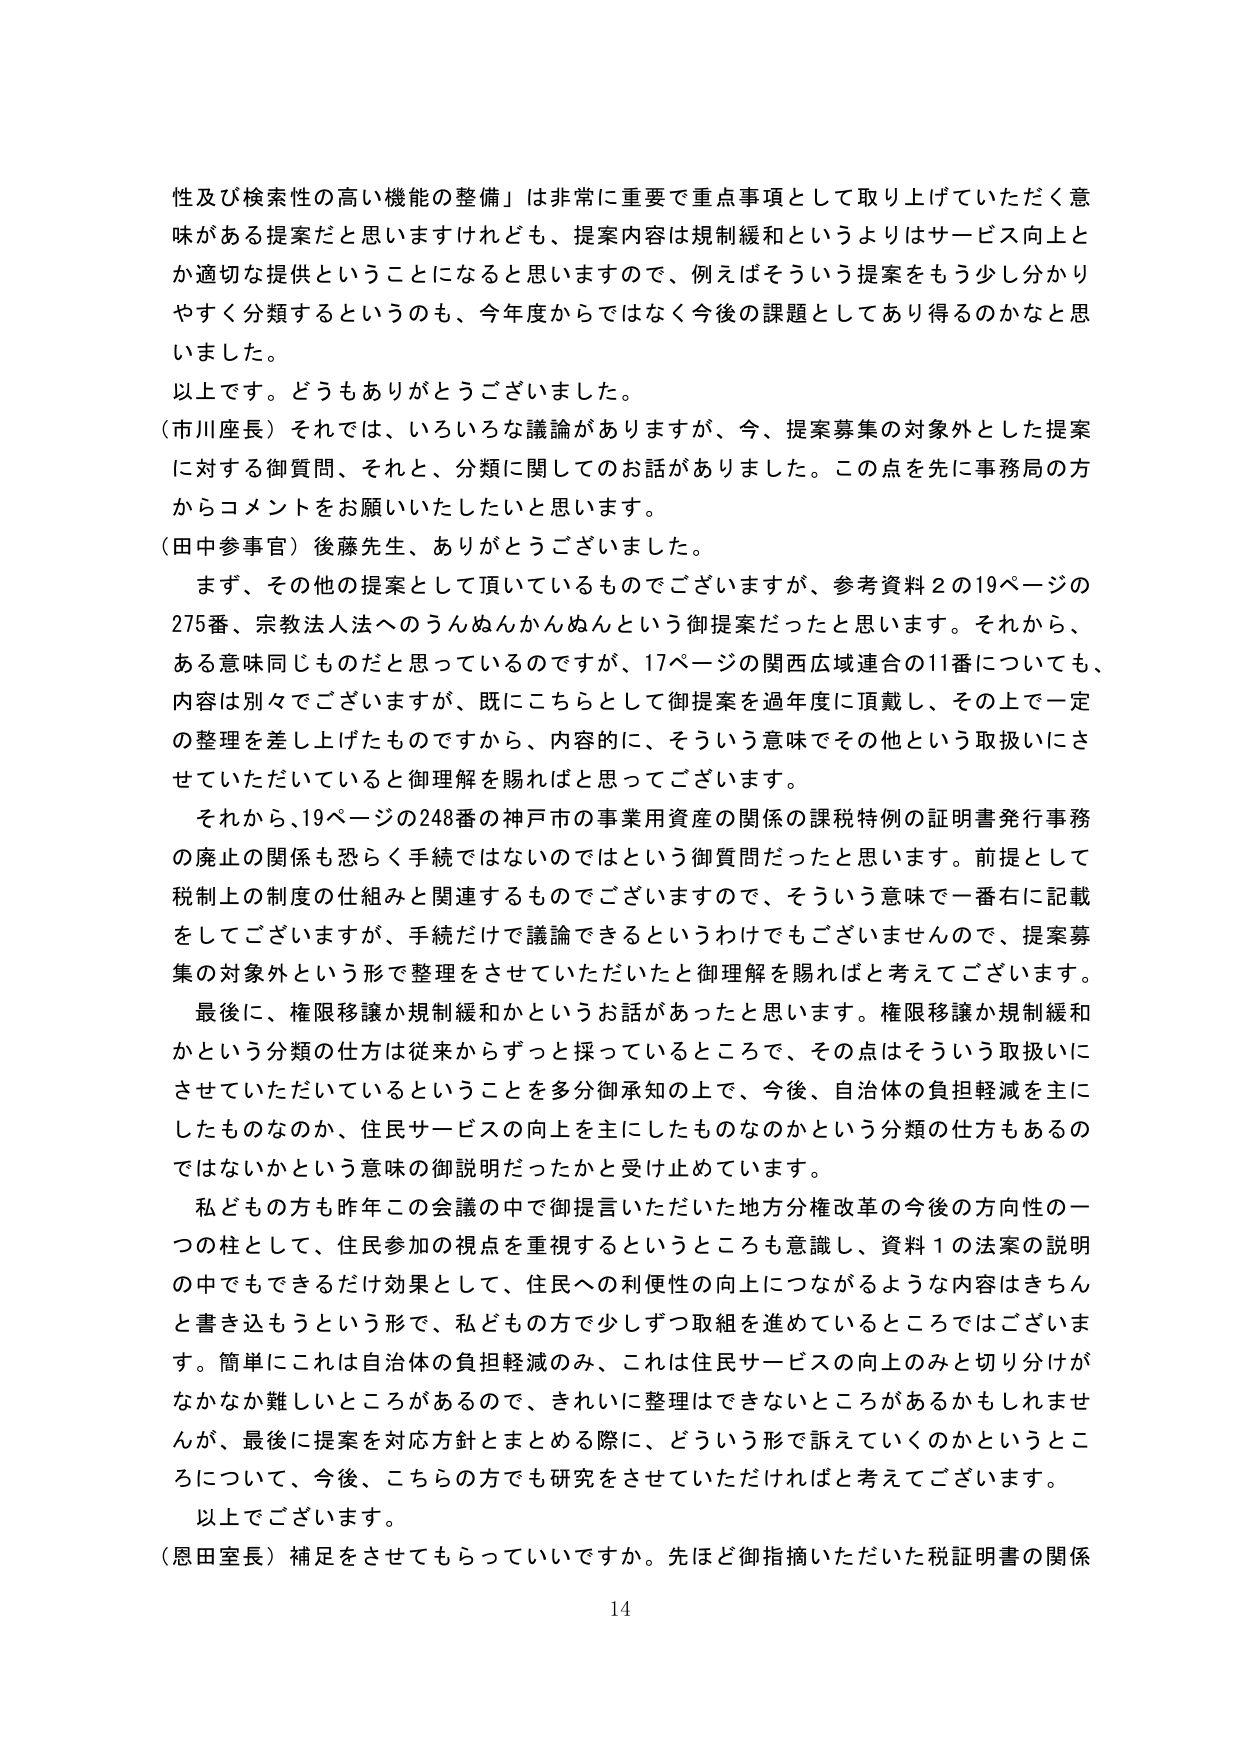
性及び検索性の高い機能の整備」は非常に重要で重点事項として取り上げていただく意味がある提案だと思いますけれども、提案内容は規制緩和というよりはサービス向上とか適切な提供ということになると思いますので、例えばそういう提案をもう少し分かりやすく分類するというのも、今年度からではなく今後の課題としてあり得るのかなと思いました。

以上です。どうもありがとうございました。

（市川座長）それでは、いろいろな議論がありますが、今、提案募集の対象外とした提案に対する御質問、それと、分類に関してのお話がありました。この点を先に事務局の方からコメントをお願いしたいと思います。

（田中参事官）後藤先生、ありがとうございました。

　まず、その他の提案として頂いているものでございますが、参考資料２の19ページの275番、宗教法人法へのうんぬんかんぬんという御提案だったと思います。それから、ある意味同じものだと思っているのですが、17ページの関西広域連合の11番についても、内容は別々でございますが、既にこちらとして御提案を過年度に頂戴し、その上で一定の整理を差し上げたものですから、内容的に、そういう意味でその他という取扱いにさせていただいていると御理解を賜ればと思ってございます。

　それから、19ページの248番の神戸市の事業用資産の関係の課税特例の証明書発行事務の廃止の関係も恐らく手続ではないのではという御質問だったと思います。前提として税制上の制度の仕組みと関連するものでございますので、そういう意味で一番右に記載をしてございますが、手続だけで議論できるというわけでもございませんので、提案募集の対象外という形で整理をさせていただいたと御理解を賜ればと考えてございます。

　最後に、権限移譲か規制緩和かというお話があったと思います。権限移譲か規制緩和かという分類の仕方は従来からずっと採っているところで、その点はそういう取扱いにさせていただいているということを多分御承知の上で、今後、自治体の負担軽減を主にしたものなのか、住民サービスの向上を主にしたものなのかという分類の仕方もあるのではないかという意味の御説明だったかと受け止めています。

　私どもの方も昨年この会議の中で御提言いただいた地方分権改革の今後の方向性の一つの柱として、住民参加の視点を重視するというところも意識し、資料１の法案の説明の中でもできるだけ効果として、住民への利便性の向上につながるような内容はきちんと書き込もうという形で、私どもの方で少しずつ取組を進めているところではございます。簡単にこれは自治体の負担軽減のみ、これは住民サービスの向上のみと切り分けがなかなか難しいところがあるので、きれいに整理はできないところがあるかもしれませんが、最後に提案を対応方針とまとめる際に、どういう形で訴えていくのかということについて、今後、こちらの方でも研究をさせていただければと考えてございます。

以上でございます。

（恩田室長）補足をさせてもらってもいいですか。先ほど御指摘いただいた税証明書の関係

14